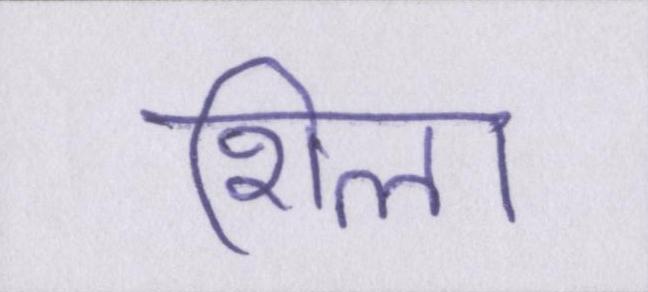
शिला